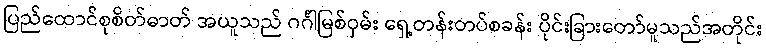
ပြည်ထောင်စုစိတ်ဓာတ် အယူသည် ဂင်္ဂါမြစ်ဝှမ်း ရှေ့တန်းတပ်စခန်း ပိုင်းခြားတော်မူသည်အတိုင်း